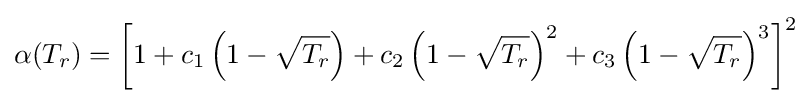
\alpha (T_{r})=\left[1+c_{1}\left(1-{\sqrt {T_{r}}}\right)+c_{2}\left(1-{\sqrt {T_{r}}}\right)^{2}+c_{3}\left(1-{\sqrt {T_{r}}}\right)^{3}\right]^{2}